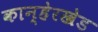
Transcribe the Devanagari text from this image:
कान्हेरखेड